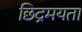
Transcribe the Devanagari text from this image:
छिद्रमयता